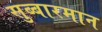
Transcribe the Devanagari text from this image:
सुब्बारमान